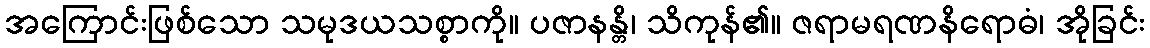
အကြောင်းဖြစ်သော သမုဒယသစ္စာကို။ ပဇာနန္တိ၊ သိကုန်၏။ ဇရာမရဏနိရောဓံ၊ အိုခြင်း